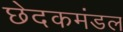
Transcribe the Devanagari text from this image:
छेदकमंडल